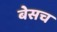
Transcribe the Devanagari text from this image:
बेसच